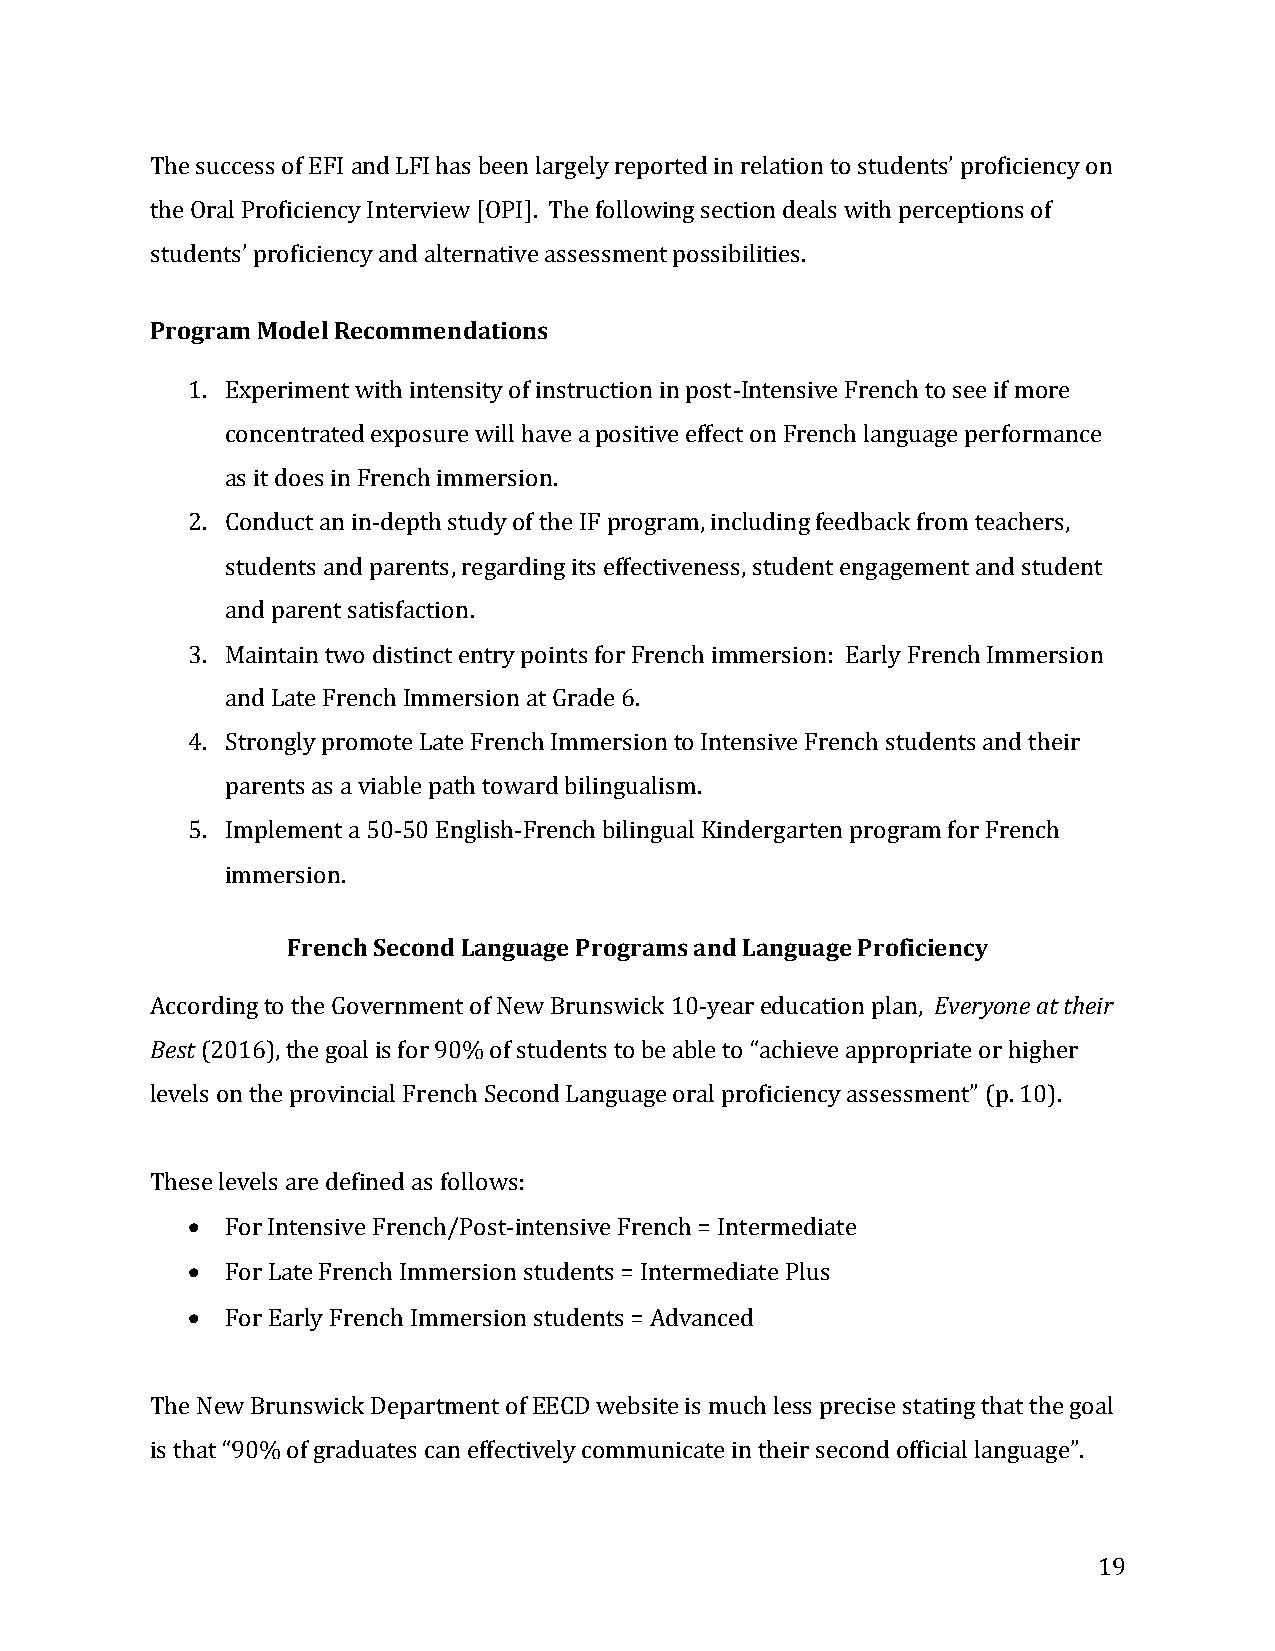
The success of EFI and LFI has been largely reported in relation to students’ proficiency on
 the Oral Proficiency Interview [OPI]. The following section deals with perceptions of
 students’ proficiency and alternative assessment possibilities.
 Program Model Recommendations
 1. Experiment with intensity of instruction in post-Intensive French to see if more
 concentrated exposure will have a positive effect on French language performance
 as it does in French immersion.
 2. Conduct an in-depth study of the IF program, including feedback from teachers,
 students and parents, regarding its effectiveness, student engagement and student
 and parent satisfaction.
 3. Maintain two distinct entry points for French immersion: Early French Immersion
 and Late French Immersion at Grade 6.
 4. Strongly promote Late French Immersion to Intensive French students and their
 parents as a viable path toward bilingualism.
 5. Implement a 50-50 English-French bilingual Kindergarten program for French
 immersion.
 French Second Language Programs and Language Proficiency
 According to the Government of New Brunswick 10-year education plan, Everyone at their
 Best (2016), the goal is for 90% of students to be able to “achieve appropriate or higher
 levels on the provincial French Second Language oral proficiency assessment” (p. 10).
 These levels are defined as follows:
 •  For Intensive French/Post-intensive French = Intermediate
 •  For Late French Immersion students = Intermediate Plus
 •  For Early French Immersion students = Advanced
 The New Brunswick Department of EECD website is much less precise stating that the goal
 is that “90% of graduates can effectively communicate in their second official language”.
 19